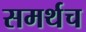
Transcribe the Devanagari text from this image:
समर्थच